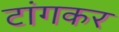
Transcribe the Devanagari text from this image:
टांगकर